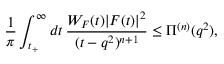
\frac { 1 } { \pi } \int _ { t _ { + } } ^ { \infty } d t \, \frac { W _ { F } ( t ) | F ( t ) | ^ { 2 } } { ( t - q ^ { 2 } ) ^ { n + 1 } } \le \Pi ^ { ( n ) } ( q ^ { 2 } ) ,